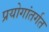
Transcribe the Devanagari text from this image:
प्रयोगांतर्गत